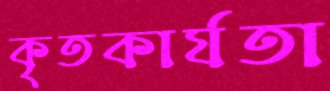
কৃতকার্যতা